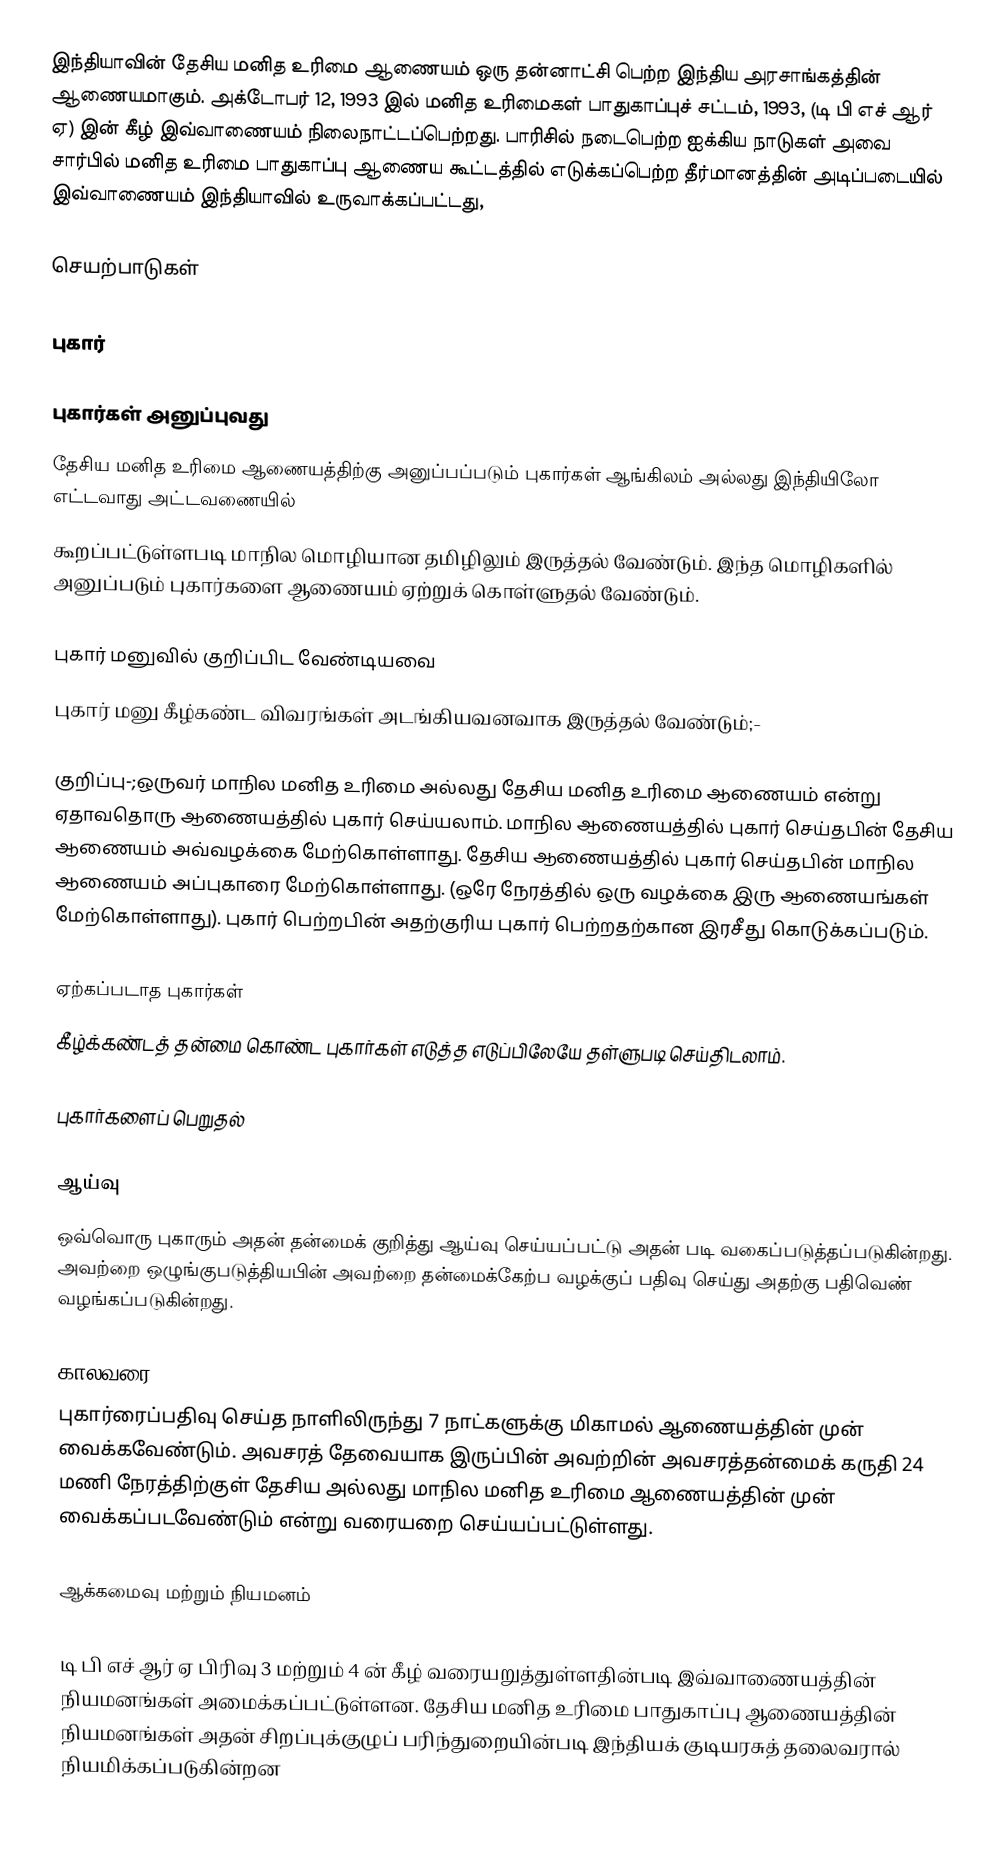
இந்தியாவின் தேசிய மனித உரிமை ஆணையம்  ஒரு தன்னாட்சி பெற்ற இந்திய அரசாங்கத்தின் ஆணையமாகும். அக்டோபர் 12, 1993 இல் மனித உரிமைகள் பாதுகாப்புச் சட்டம், 1993, (டி பி எச் ஆர் ஏ)  இன் கீழ் இவ்வாணையம் நிலைநாட்டப்பெற்றது. பாரிசில் நடைபெற்ற ஐக்கிய நாடுகள் அவை சார்பில் மனித உரிமை பாதுகாப்பு ஆணைய கூட்டத்தில் எடுக்கப்பெற்ற தீர்மானத்தின் அடிப்படையில் இவ்வாணையம் இந்தியாவில் உருவாக்கப்பட்டது,

செயற்பாடுகள்

புகார்

புகார்கள் அனுப்புவது
தேசிய மனித உரிமை ஆணையத்திற்கு அனுப்பப்படும் புகார்கள் ஆங்கிலம் அல்லது இந்தியிலோ எட்டவாது அட்டவணையில்
கூறப்பட்டுள்ளபடி மாநில மொழியான தமிழிலும் இருத்தல் வேண்டும். இந்த மொழிகளில் அனுப்படும் புகார்களை ஆணையம் ஏற்றுக் கொள்ளுதல் வேண்டும்.

புகார் மனுவில் குறிப்பிட வேண்டியவை
 புகார் மனு கீழ்கண்ட விவரங்கள் அடங்கியவனவாக இருத்தல் வேண்டும்;-

 குறிப்பு-;ஒருவர் மாநில மனித உரிமை அல்லது தேசிய மனித உரிமை ஆணையம் என்று ஏதாவதொரு ஆணையத்தில் புகார் செய்யலாம். மாநில ஆணையத்தில் புகார் செய்தபின் தேசிய ஆணையம் அவ்வழக்கை மேற்கொள்ளாது. தேசிய ஆணையத்தில் புகார் செய்தபின் மாநில ஆணையம் அப்புகாரை மேற்கொள்ளாது. (ஒரே நேரத்தில் ஒரு வழக்கை இரு ஆணையங்கள் மேற்கொள்ளாது). புகார் பெற்றபின் அதற்குரிய புகார் பெற்றதற்கான இரசீது கொடுக்கப்படும்.

ஏற்கப்படாத புகார்கள்
கீழ்க்கண்டத் தன்மை கொண்ட புகார்கள் எடுத்த எடுப்பிலேயே தள்ளுபடி செய்திடலாம்.

புகார்களைப் பெறுதல்

ஆய்வு
ஒவ்வொரு புகாரும் அதன் தன்மைக் குறித்து ஆய்வு செய்யப்பட்டு அதன் படி வகைப்படுத்தப்படுகின்றது. அவற்றை ஒழுங்குபடுத்தியபின் அவற்றை தன்மைக்கேற்ப வழக்குப் பதிவு செய்து அதற்கு பதிவெண் வழங்கப்படுகின்றது.

காலவரை
புகார்ரைப்பதிவு செய்த நாளிலிருந்து 7 நாட்களுக்கு மிகாமல் ஆணையத்தின் முன் வைக்கவேண்டும். அவசரத் தேவையாக இருப்பின் அவற்றின் அவசரத்தன்மைக் கருதி 24 மணி நேரத்திற்குள் தேசிய அல்லது மாநில மனித உரிமை ஆணையத்தின் முன் வைக்கப்படவேண்டும் என்று வரையறை செய்யப்பட்டுள்ளது.

ஆக்கமைவு மற்றும் நியமனம்

டி பி எச் ஆர் ஏ பிரிவு 3 மற்றும் 4 ன் கீழ் வரையறுத்துள்ளதின்படி  இவ்வாணையத்தின் நியமனங்கள் அமைக்கப்பட்டுள்ளன. தேசிய மனித உரிமை பாதுகாப்பு ஆணையத்தின் நியமனங்கள் அதன் சிறப்புக்குழுப் பரிந்துறையின்படி இந்தியக் குடியரசுத் தலைவரால் நியமிக்கப்படுகின்றன